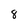
Character: 8